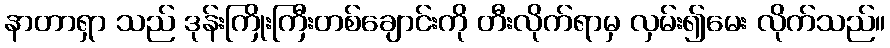
နာတာရှာ သည် ဒုန်းကြိုးကြီးတစ်ချောင်းကို တီးလိုက်ရာမှ လှမ်း၍မေး လိုက်သည်။